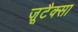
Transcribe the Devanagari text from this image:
ज़ूटैक्सा